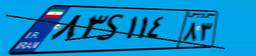
۸۳S۹۷۱۲۶